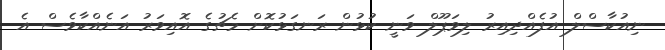
ނިއުކާސްލް އުފެއްދިއިރު ލިވަޕޫލް ވަނީ ކުޅުން ރަނގަޅުކޮށް މެޗުގެ އޮއިވަރު އަނެއްކާވެސް އެ